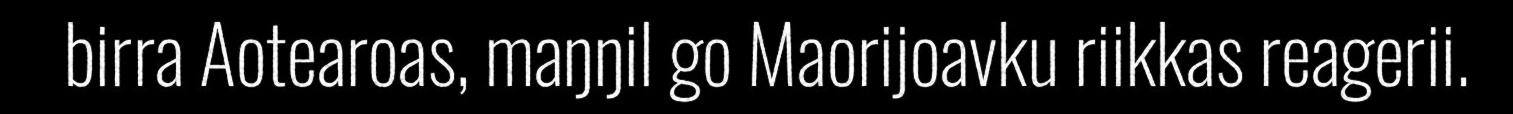
birra Aotearoas, maŋŋil go Maorijoavku riikkas reagerii.